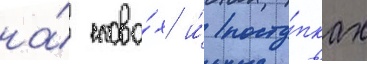
на́ слова́х и́ посту́пках